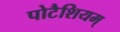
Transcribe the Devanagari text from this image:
पोटैशियम्‌